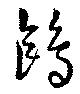
鴎